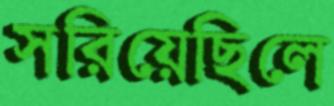
সরিয়েছিলে